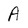
Character: A